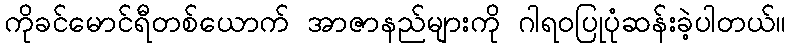
ကိုခင်မောင်ရီတစ်ယောက် အာဇာနည်များကို ဂါရဝပြုပုံဆန်းခဲ့ပါတယ်။